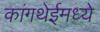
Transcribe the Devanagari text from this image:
कांगथेईमध्ये